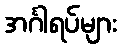
အင်္ဂါရပ်များ